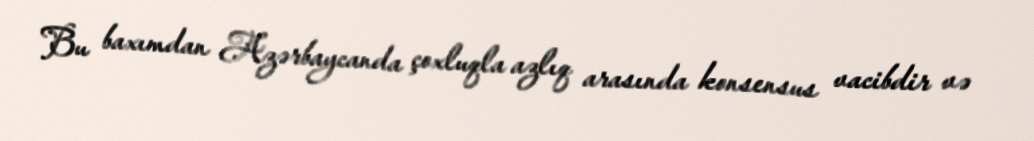
Bu baxımdan Azərbaycanda çoxluqla azlıq arasında konsensus vacibdir və